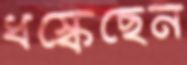
ধস্‌কেছেন